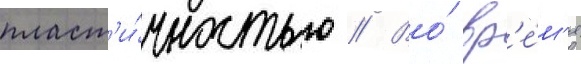
пласт'и́чностью // Во́ вр'е́м'я